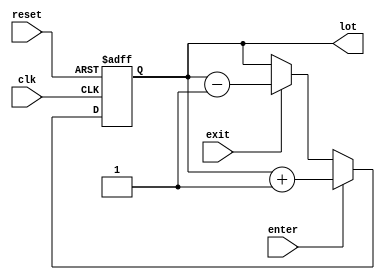
`timescale 1ns / 1ps
//////////////////////////////////////////////////////////////////////////////////
// Company: 
// Engineer: 
// 
// Design Name: 
// Module Name:    counter 
// Project Name: 
// Target Devices: 
// Tool versions: 
// Description: 
//
// Dependencies: 
//
// Revision: 
// Revision 0.01 - File Created
// Additional Comments: 
//
//////////////////////////////////////////////////////////////////////////////////
module counter(
   input wire clk, reset,
   input wire enter, exit,
   output reg [7:0] lot
  );

reg [7:0] count = 8'b00010100;
	
	always@(posedge clk, posedge reset) 
	begin
		if (reset)
	        count <= 8'b00010100;
        else if (enter)		
            count <= count + 1'b1;		
        else if (exit)			
            count <= count - 1'b1;
    end

    always @* 
    begin	
	    lot = count;
    end

endmodule